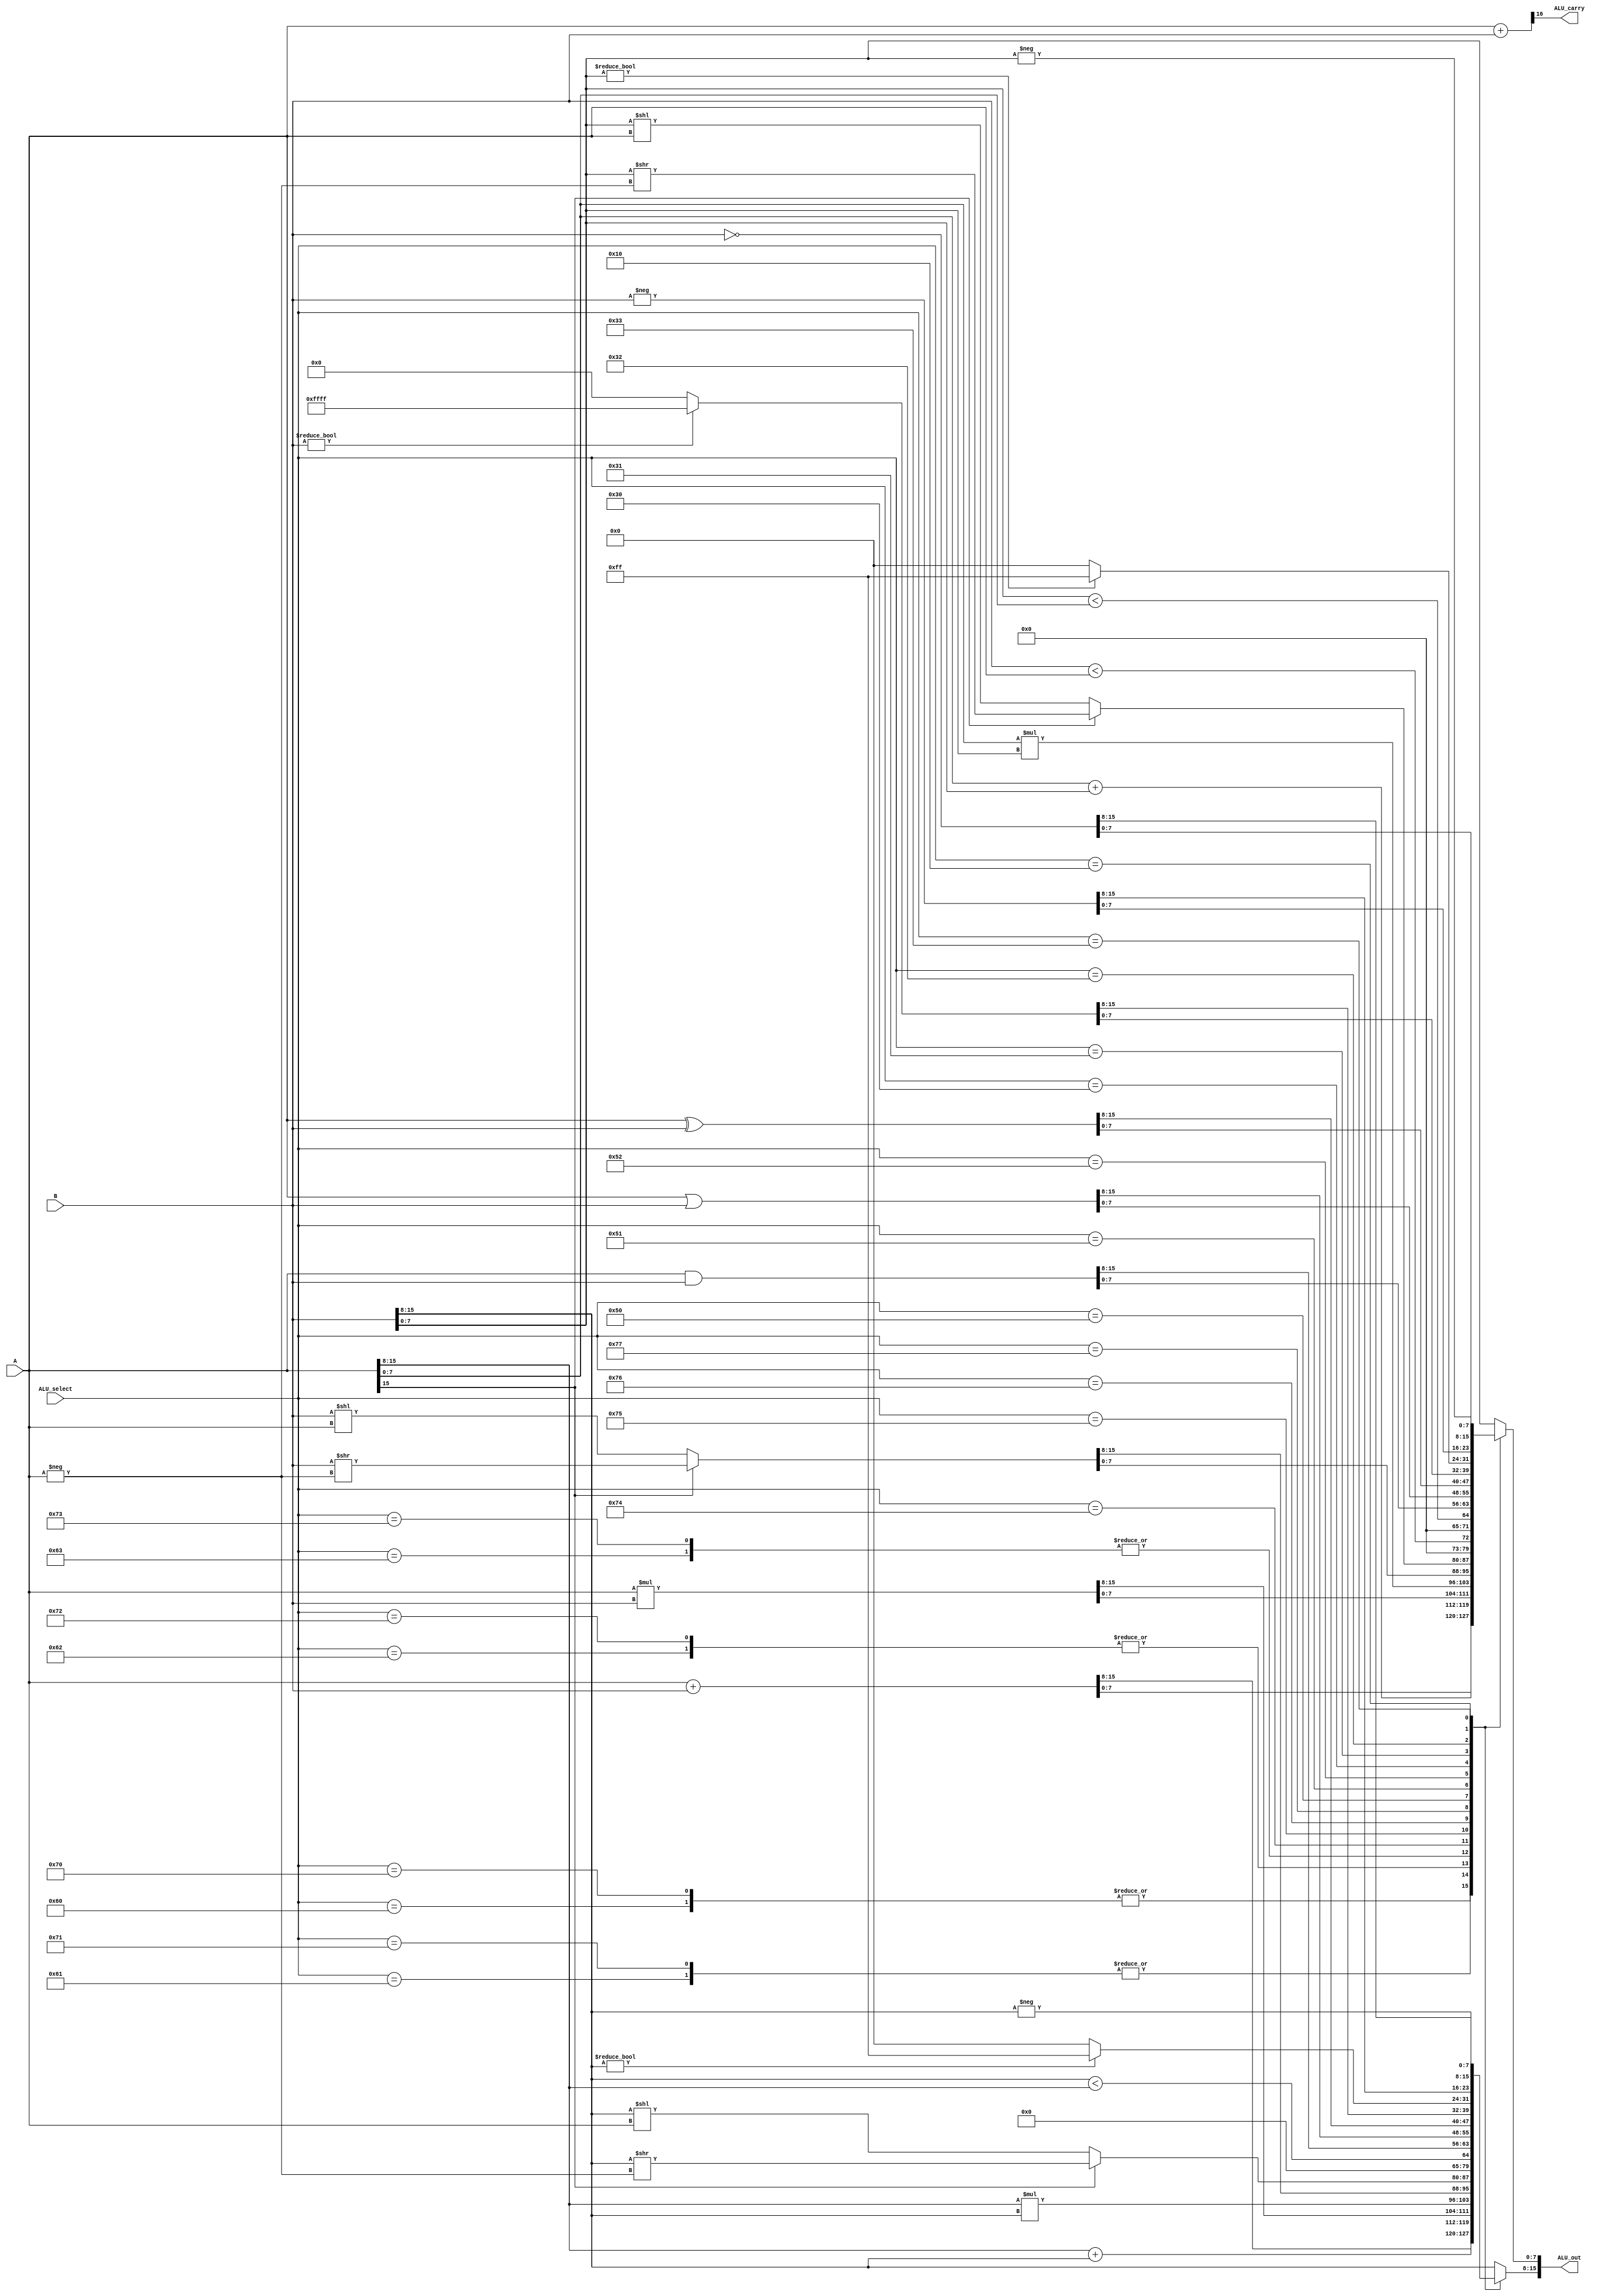
 // Basic sizes
`define WORDSIZE 15:0
`define TAGWORDSIZE 16:0
`define HALFTAGWORDSIZE 8:0
`define OP  4:0
`define REGCOUNT 15:0
`define REGSIZE 15:0
`define MEMSIZE 65535:0
`define MEMMAX 65535
`define UPPER16 15:8
`define LOWER16 7:0
 
// Field placements and values
`define is_overflow 16
`define is_const 15
`define is_neg 15
`define msb_8 7
`define all_ones_8 8'b11111111
`define all_zeros_8 8'b00000000
`define op0 15:12
`define op1 15:8
`define rd 3:0
`define rs 7:4
`define imm 11:4
 
// Branch Instructions
`define OPbz 4'he //
`define OPbnz 4'hf //
 
// Constant Instructions
`define OPci8 4'hb //
`define OPcii 4'hc //
`define OPcup 4'hd //
 
// 2 Register Instructions //
`define OPaddi 8'h70 //
`define OPaddii 8'h71 //
`define OPmuli 8'h72 //
`define OPmulii 8'h73 //
`define OPshi 8'h74 //
`define OPshii 8'h75 //
`define OPslti 8'h76 //
`define OPsltii 8'h77 //
`define OPaddp 8'h60 //
`define OPaddpp 8'h61 //
`define OPmulp 8'h62 //
`define OPmulpp 8'h63 //
`define OPand 8'h50 //
`define OPor 8'h51 //
`define OPxor 8'h52 //
`define OPld 8'h40 //
`define OPst 8'h41 //
 
// 1 Register Instructions //
`define OPanyi 8'h30 //
`define OPanyii 8'h31 //
`define OPnegi 8'h32 //
`define OPnegii 8'h33 //
`define OPi2p 8'h20 //
`define OPii2pp 8'h21 //
`define OPp2i 8'h22 //
`define OPpp2ii 8'h23 //
`define OPinvp 8'h24 //
`define OPinvpp 8'h25 //
`define OPnot 8'h10 //
`define OPjr 8'h01 //
 
// Trap Instruction
`define OPtrap 8'h00 //

// Overarching States (not opcodes)
`define Start 8'h02
`define Decode 8'h03
`define ExecuteGeneral 8'h04
`define ExecuteConstant 8'h05
`define Finish 8'h06
 
module ALU(
        output [`WORDSIZE] ALU_out,
        output ALU_carry,    
        input [`WORDSIZE] A, B, // A treated as source, B treated as destination
        input [`LOWER16] ALU_select // We are using same # as 8-bit op_1 field
    );
    reg [`REGSIZE] ALU_result;
    wire [`TAGWORDSIZE] overflow_check;
    assign ALU_out = ALU_result; // Wire tied to output reg
    assign overflow_check = {1'b0, A} + {1'b0, B};
    assign ALU_carry = overflow_check[`is_overflow];
 
    always @(*) begin
        case(ALU_select)
            // 2-register instructions
            `OPaddi, `OPaddp:
                ALU_result <= (A + B);
            `OPaddii, `OPaddpp: begin
                ALU_result[`UPPER16] <= A[`UPPER16] + B[`UPPER16];
                ALU_result[`LOWER16] <= A[`LOWER16] + B[`LOWER16];
                end
            `OPmuli, `OPmulp:
                ALU_result <= (A * B);
            `OPmulii, `OPmulpp: begin
                ALU_result[`UPPER16] <= A[`UPPER16] * B[`UPPER16];
                ALU_result[`LOWER16] <= A[`LOWER16] * B[`LOWER16];
            end
            `OPshi:
                ALU_result <= (A[`is_neg] == 1'b0) ? (B << A) : (B >> -A);
            `OPshii: begin
                ALU_result[`UPPER16] <= (A[`is_neg] == 1'b0) ? (B[`UPPER16] << A) : (B[`UPPER16] >> -A);
                ALU_result[`LOWER16] <= (A[`is_neg] == 1'b0) ? (B[`LOWER16] << A) : (B[`LOWER16] >> -A);
            end
            `OPslti:
                ALU_result <= (B < A);
            `OPsltii: begin
                ALU_result[`UPPER16] <= (B[`UPPER16] < A[`UPPER16]);
                ALU_result[`LOWER16] <= (B[`LOWER16] < A[`LOWER16]);
            end
            `OPand:
                ALU_result <= (A & B);
            `OPor:
                ALU_result <= (A | B);
            `OPxor:
                ALU_result <= (A ^ B);

            // 1-register instructions
            `OPanyi:
                ALU_result <= (B) ? -1 : 0;
            `OPanyii: begin
                ALU_result[`UPPER16] <= (B[`UPPER16]) ? -1 : 0;
                ALU_result[`LOWER16] <= (B[`LOWER16]) ? -1 : 0;
            end
            `OPnegi:
                ALU_result <= -(B);
            `OPnegii: begin
                ALU_result[`UPPER16] <= -B[`UPPER16];
                ALU_result[`LOWER16] <= -B[`LOWER16];
            end
            `OPi2p, `OPii2pp, `OPp2i, `OPpp2ii, `OPinvp, `OPinvpp:
                ALU_result <= B;
            `OPnot:
                ALU_result <= ~(B);
            default: ALU_result <= B;
        endcase
    end
endmodule

module processor(halt, reset, clk);
    output reg halt;
    input reset, clk;
    reg[`REGCOUNT] register[`REGSIZE];
    wire[`WORDSIZE] alu_output;
    wire alu_carry;
    reg[`WORDSIZE] text[`MEMSIZE];
    reg[`WORDSIZE] data[`MEMSIZE];
    reg[`WORDSIZE] pc;
    reg[`WORDSIZE] inst_reg;
    reg[`LOWER16] sys;
    reg[`rd] rs_num;
    reg[`rd] rd_num;
    reg[`LOWER16] imm;
    reg[`op0] op_0;
    reg[`op1] op_1;
    reg[`op1] state;

    ALU my_alu(alu_output, alu_carry, register[rs_num], register[rd_num], op_1);

    always @(posedge reset) begin
        halt <= 0;
        pc <= 0;
        sys <= 0;
        state <= `Start;
    // Initializing instructions with readmem/h
        register[1] = -50; // Source
        register[2] = 50; // Destination
        register[3] = 0;
        register[4] = 0;
        register[5] = 0;
        register[6] = 0;
        $readmemh0(text);
        $readmemh1(data);
    end

    always @(posedge clk) begin
        case (state)
            `Start: begin
                inst_reg <= text[pc];
                pc <= pc + 1;                 
                state <= `Decode;
            end
            `Decode: begin
                op_1 <= inst_reg[`op1];
                op_0 <= inst_reg[`op0];
                rs_num <= inst_reg[`rs];
                rd_num <= inst_reg[`rd];
                imm <= inst_reg[`imm];
                state <= (inst_reg[`is_const]) ? (`ExecuteConstant) : (`ExecuteGeneral);
            end
            `ExecuteConstant: begin
                case (op_0)
                    `OPbz: begin
                        if (register[rd_num] == 0)
                            pc <= imm;
                        end
                    `OPbnz: begin
                        if (register[rd_num] != 0)
                            pc <= imm;
                        end
                    `OPci8: begin
                        if (imm[`msb_8])
                            register[rd_num][`UPPER16] <= `all_ones_8;
                        else
                            register[rd_num][`UPPER16] <= `all_zeros_8;
                        register[rd_num][`LOWER16] <= imm;
                        end
                    `OPcii: begin
                        register[rd_num][`UPPER16] <= imm;
                        register[rd_num][`LOWER16] <= imm;
                        end
                    `OPcup:
                        register[rd_num][`UPPER16] <= imm;
                    default: register[rd_num] <= alu_output;
                endcase
                state <= `Finish;
            end
            `ExecuteGeneral: begin
                case (op_1)
                    `OPld: 
                        register[rd_num] <= data[register[rs_num]];
                    `OPst:
                        data[register[rs_num]] <= register[rd_num];
                    `OPjr:
                        pc <= register[rd_num];
                    `OPtrap: 
                        sys <= 1;
                    default: register[rd_num] <= alu_output;
                endcase
                state <= `Finish;
            end
            `Finish: begin
                $display("Code: %h", op_1, "\trs: %b", register[rs_num], "\trd: %b", register[rd_num], "\tSource memory: %d", data[register[rs_num]], "\trd upper: %d", register[rd_num][`UPPER16], "\trd lower: %d", register[rd_num][`LOWER16], "\n");
                state <= `Start;
            end
            default: halt <= 1;
        endcase
                 
    end
endmodule

module tb_processor;
    reg reset = 0;
    reg clk = 0;
    wire halted;

    processor my_processor(halted, reset, clk);

    initial begin
        $dumpfile;
        $dumpvars(0, my_processor);
        #10 reset = 1;
        #10 reset = 0;
        while (!halted) begin
            #10 clk = 1;
            #10 clk = 0;
        end
        $finish;
    end
endmodule

/*
module tb_alu;
    //Inputs
    reg[`WORDSIZE] A,B;
    reg[`LOWER16] ALU_select;

    //Outputs
    wire[`WORDSIZE] ALU_out;
    wire CarryOut;
    // Verilog code for ALU
    integer i;
    ALU test_unit(
                ALU_out, // ALU 8-bit Output
                CarryOut, // Carry Out Flag             
                A,B,  // ALU 8-bit Inputs                 
                ALU_select// ALU Selection
        );
        initial begin
        // hold reset state for 100 ns.
        A = 16'h08;
        B = 16'h02;
        ALU_select = 8'h70;
        
        for (i=0;i<=2;i=i+1)
        begin
        #10;
        $display("OPcode: %h ALU Output: %b ALU Carry: %b", ALU_select, ALU_out, CarryOut);
        ALU_select = ALU_select + 8'h01;
        end
        
        A = 16'hF6;
        B = 16'h0A;
        
        end
endmodule
*/